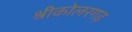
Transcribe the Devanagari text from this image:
श्रीकोलरगढ़